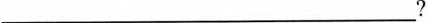
___?